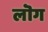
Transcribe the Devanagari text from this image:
लॊग